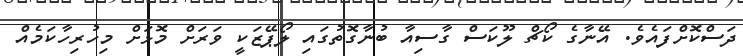
ދަސްކޮށްފައެވެ. އޭނާގެ ކޯޗް ލޫކަސް ގާސިއާ ބުނާގޮތުގައި ލޯޕޭޒަކީ ވަރަށް މޮޅަށް މިހުރިހާކަމެއް